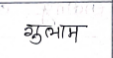
मजकूर: गुलाम